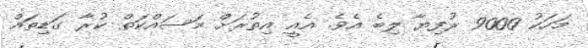
މަހަކު 9000 ރުފިޔާ ލިބެ އެވެ. އެއީ އިތުރަށް މަސައްކަތް ކުރާ ގަޑިތައް